Pusta,_Kaarel_Robert, lk 46
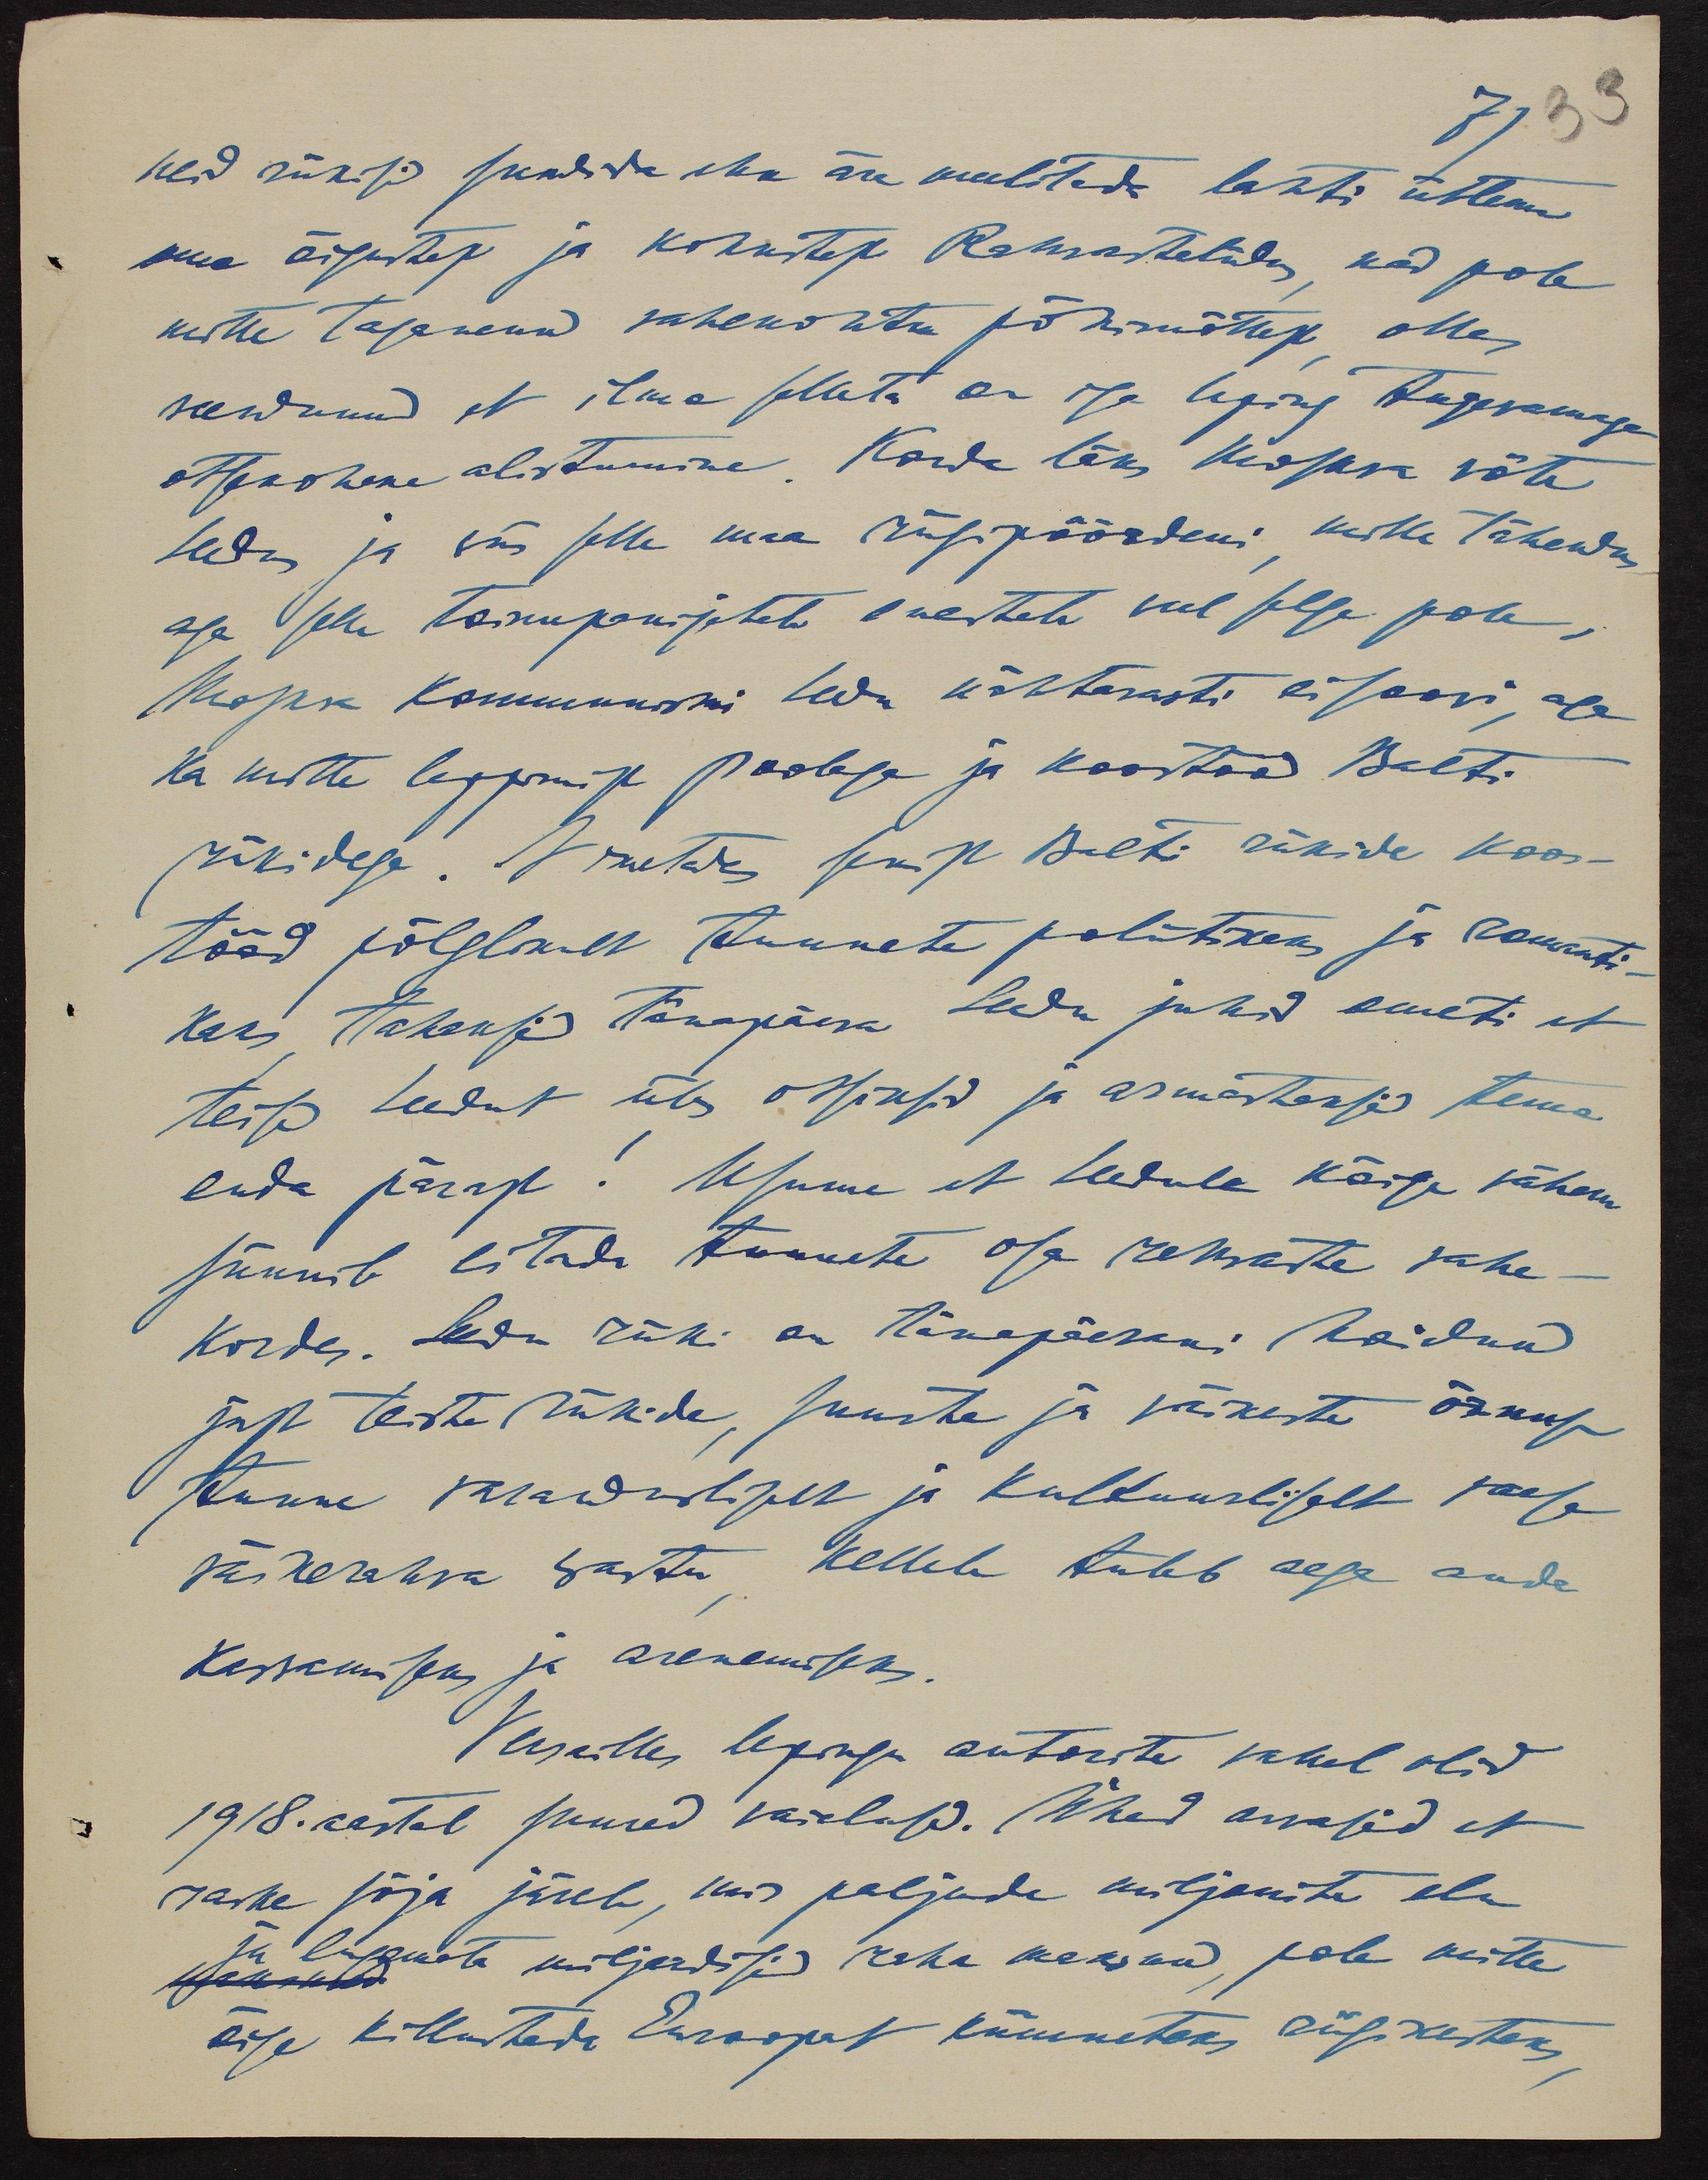
71
33
neid riikisid sundida ehk ära meelitada lahti ütlema
oma õigustest ja kohustest Rahvasteliidus, nad pole
mitte taganenud vahekohtu põhimõttest, olles
veendunud et ilma selleta on iga leping tugevamaga
otskohene alistumine. Korda läks Moskva võte
Leedus ja viis selle maa riigipöördeni, mille tähendus
aga selle toimepanijatele enestele veel selge pole,
Moskva Kommunismi Leedu nähtavasti ei soovi, aga
ka mitte leppimist Poolaga ja koostööd Balti
riikidega. Nimetades senist Balti riikide koos-
tööd põlglikult tunnete poliitikaks ja romanti-
kaks tahaksid tänapäeva Leedu juhid ometi et
teised Leedut üles otsiksid ja armastaksid tema
enda pärast. Usume et Leedule kõige vähem
sünnib eitada tunnete osa rahvaste vahe-
korda. Leedu riiki on tänepäevani hoidnud
just teiste riikide, suurte ja väikeste õrnus
tunne varandusliselt ja kultuurliselt vaese
väikerahva vastu, kellele tuleb aega anda
kasvamiseks ja arenemiseks.
Vassailles lepingu autorite vahel olid
1918. aastal suured vaidused. Ühed arvasid et
raske sõja järel, mis paljude miljanite elu
Ja lugemata miljardite raha maksnud, pole mitte
õige killustada Euroopat kümneteks riigikesteks